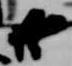
廿